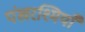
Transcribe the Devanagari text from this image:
पंखरश्मियाँ